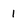
Character: 1